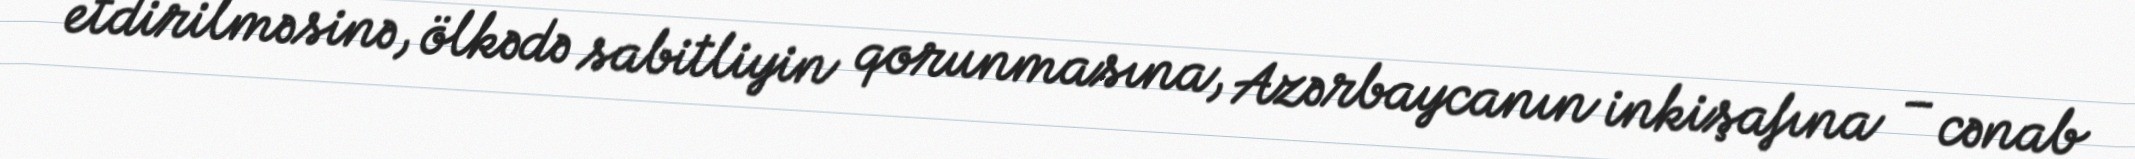
etdirilməsinə, ölkədə sabitliyin qorunmasına, Azərbaycanın inkişafına – cənab